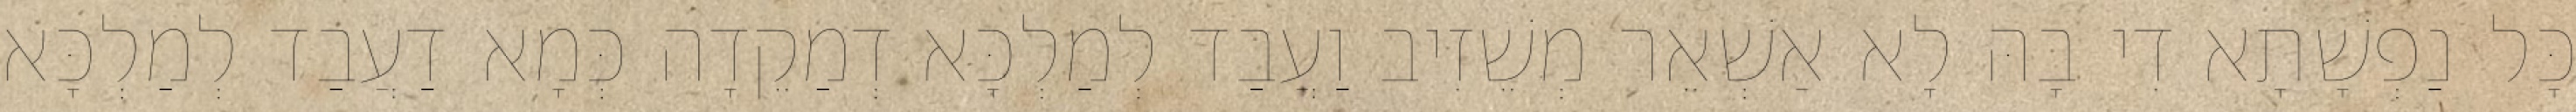
כָּל נַפְשָׁתָא דִי בָהּ לָא אַשְׁאֵר מְשֵׁזִיב וַעֲבַד לְמַלְכָּא דְמַקֵדָה כְּמָא דַעֲבַד לְמַלְכָּא